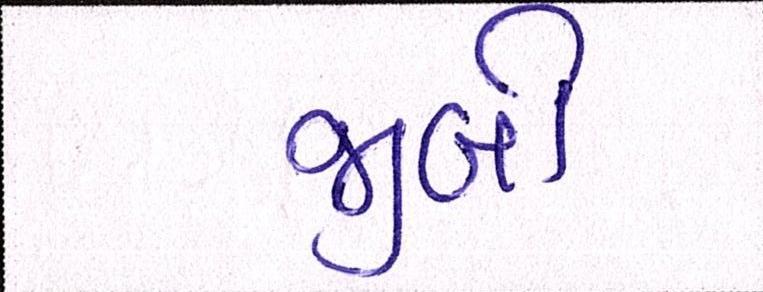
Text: જીબી